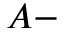
A -